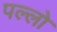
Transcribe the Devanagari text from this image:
पल्लो